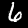
Label: 6